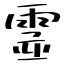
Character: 霊